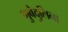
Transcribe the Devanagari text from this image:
गुबैदुलिना